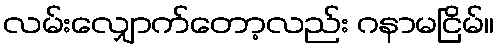
လမ်းလျှောက်တော့လည်း ဂနာမငြိမ်။